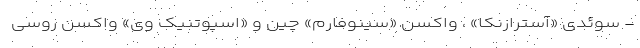
- سوئدی «آسترازنکا» ، واکسن «سینوفارم» چین و «اسپوتنیک وی» واکسن روسی